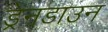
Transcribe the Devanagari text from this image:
ड्रेनडाउन